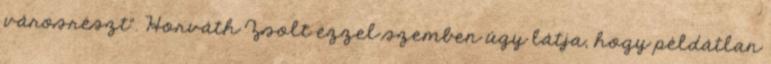
városrészt". Horváth Zsolt ezzel szemben úgy látja, hogy példátlan